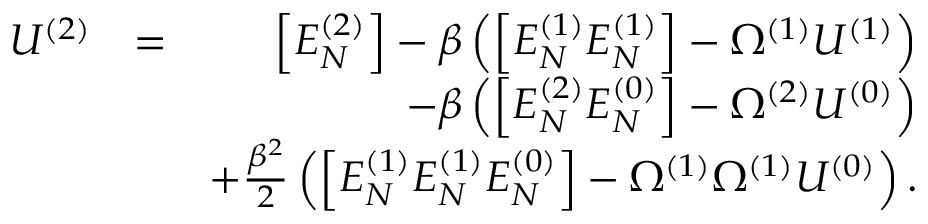
\begin{array} { r l r } { U ^ { ( 2 ) } } & { = } & { \Big [ E _ { N } ^ { ( 2 ) } \Big ] - \beta \left( \Big [ E _ { N } ^ { ( 1 ) } E _ { N } ^ { ( 1 ) } \Big ] - \Omega ^ { ( 1 ) } U ^ { ( 1 ) } \right) } \\ & { } & { - \beta \left( \Big [ E _ { N } ^ { ( 2 ) } E _ { N } ^ { ( 0 ) } \Big ] - \Omega ^ { ( 2 ) } U ^ { ( 0 ) } \right) } \\ & { } & { + \frac { \beta ^ { 2 } } { 2 } \left( \Big [ E _ { N } ^ { ( 1 ) } E _ { N } ^ { ( 1 ) } E _ { N } ^ { ( 0 ) } \Big ] - \Omega ^ { ( 1 ) } \Omega ^ { ( 1 ) } U ^ { ( 0 ) } \right) . } \end{array}